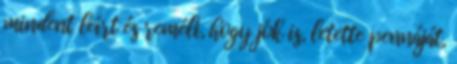
mindent leírt és reméli, hogy jók is, letette pennáját,